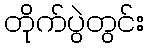
တိုက်ပွဲတွင်း